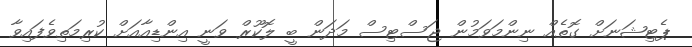
ޕެޓިޝަނަށް ގޮތެއް ނިންމަވަމުން ޖަސްޓިސް މަދަން ބީ ލޮކޫރް ވަނީ އިންޑިއާއަށް ކުރިމަތިވެފައިވާ